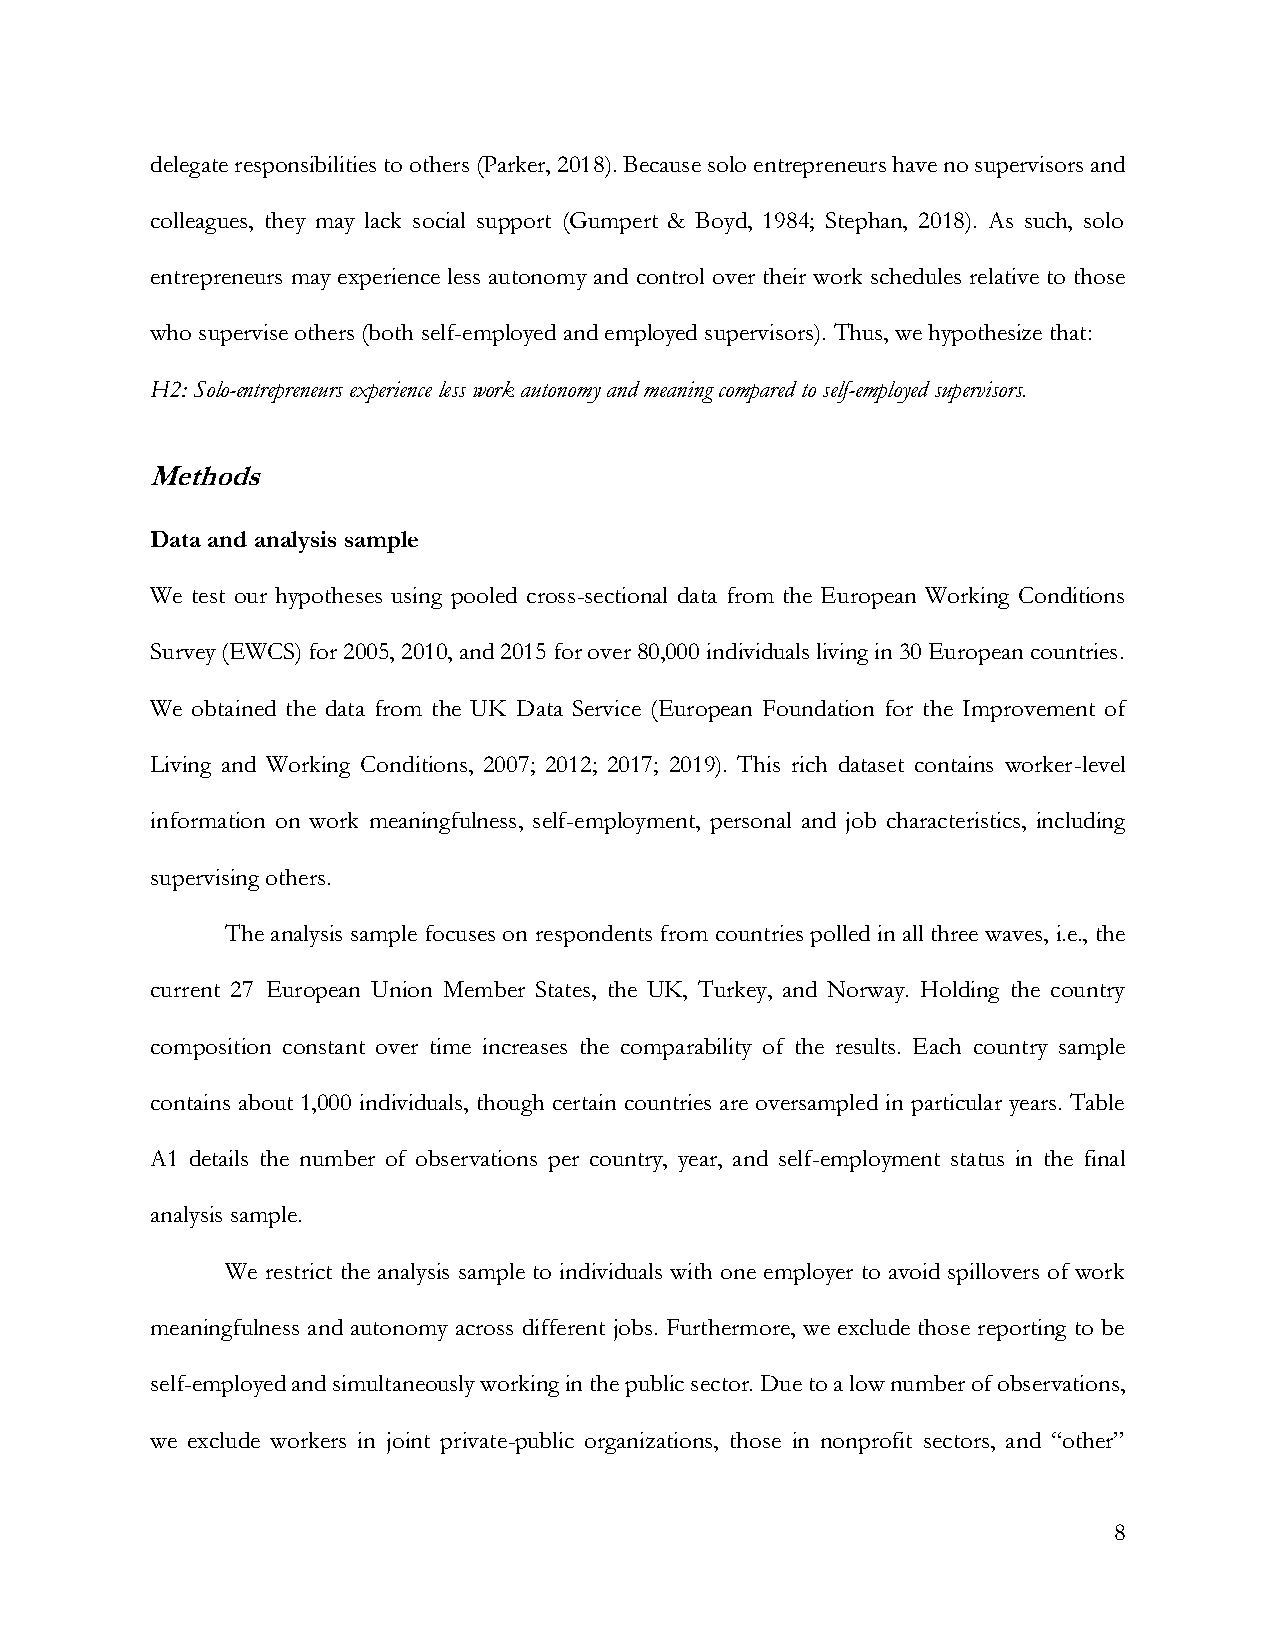
delegate responsibilities to others (Parker, 2018). Because solo entrepreneurs have no supervisors and
 colleagues, they may lack social support (Gumpert & Boyd, 1984; Stephan, 2018). As such, solo
 entrepreneurs may experience less autonomy and control over their work schedules relative to those
 who supervise others (both self-employed and employed supervisors). Thus, we hypothesize that:
 H2: Solo-entrepreneurs experience less work autonomy and meaning compared to self-employed supervisors.
 Methods
 Data and analysis sample
 We test our hypotheses using pooled cross-sectional data from the European Working Conditions
 Survey (EWCS) for 2005, 2010, and 2015 for over 80,000 individuals living in 30 European countries.
 We obtained the data from the UK Data Service (European Foundation for the Improvement of
 Living and Working Conditions, 2007; 2012; 2017; 2019). This rich dataset contains worker-level
 information on work meaningfulness, self-employment, personal and job characteristics, including
 supervising others.
 The analysis sample focuses on respondents from countries polled in all three waves, i.e., the
 current 27 European Union Member States, the UK, Turkey, and Norway. Holding the country
 composition constant over time increases the comparability of the results. Each country sample
 contains about 1,000 individuals, though certain countries are oversampled in particular years. Table
 A1 details the number of observations per country, year, and self-employment status in the final
 analysis sample.
 We restrict the analysis sample to individuals with one employer to avoid spillovers of work
 meaningfulness and autonomy across different jobs. Furthermore, we exclude those reporting to be
 self-employed and simultaneously working in the public sector. Due to a low number of observations,
 we exclude workers in joint private-public organizations, those in nonprofit sectors, and “other”
 8